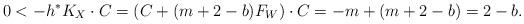
LaTeX: \begin{align*}0< -h^*K_X \cdot C= (C + (m+2-b)F_W) \cdot C=-m+(m+2-b)=2-b. \end{align*}